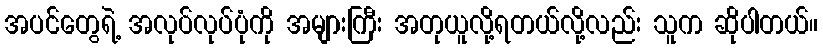
အပင်တွေရဲ့ အလုပ်လုပ်ပုံကို အများကြီး အတုယူလို့ရတယ်လို့လည်း သူက ဆိုပါတယ်။